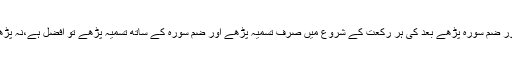
اس کے بعد سورہ فاتحہ اور ضم سورہ پڑھے بعد کی ہر رکعت کے شروع میں صرف تسمیہ پڑھے اور ضم سورہ کے ساتھ تسمیہ پڑھے تو افضل ہے،نہ پڑھے تو یہ بھی درست ہے۔